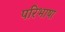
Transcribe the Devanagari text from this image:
परिभाषा